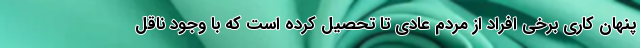
پنهان کاری برخی افراد از مردم عادی تا تحصیل کرده‌ است که با وجود ناقل